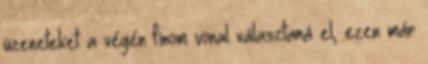
üzeneteket a végén finom vonal választaná el, ezen már